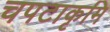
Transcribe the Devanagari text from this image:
चपटाकृमि